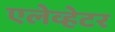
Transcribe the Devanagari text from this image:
एलेव्हेटर